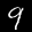
Label: 9